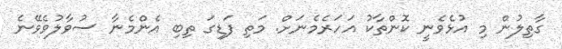
ގާތިލުން މި އުޅެވެނީ ކޮންތާކު އަހަރެމެނަށް. މަތި ފަޑިގަ ތިބި އެންމެނާ ސުވާލުވެވޭނެ